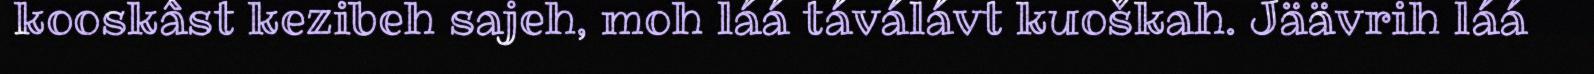
kooskâst kezibeh sajeh, moh láá táválávt kuoškah. Jäävrih láá